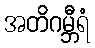
အတိဂမ္ဘီရံ